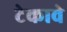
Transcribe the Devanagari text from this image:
टेकावे